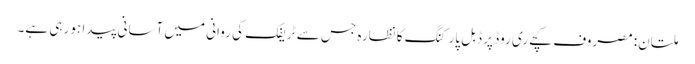
ملتان: مصروف کچےری روڈ پر ڈبل پارکنگ کا نظارہ جس سے ٹریفک کی روانی میں آسانی پیدا ہو رہی ہے۔